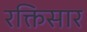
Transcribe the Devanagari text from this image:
रक्तिसार